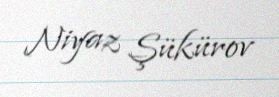
Niyaz Şükürov